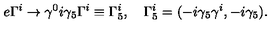
e \Gamma ^ { i } \to \gamma ^ { 0 } i \gamma _ { 5 } \Gamma ^ { i } \equiv \Gamma _ { 5 } ^ { i } , \quad \Gamma _ { 5 } ^ { i } = ( - i \gamma _ { 5 } \gamma ^ { i } , - i \gamma _ { 5 } ) .